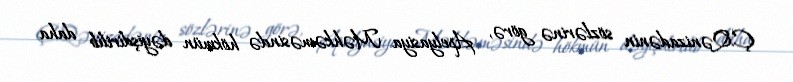
Ç.Qənizadənin sözlərinə görə, Apelyasiya Məhkəməsində hökmün dəyişdirilib daha